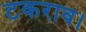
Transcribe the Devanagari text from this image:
टकराव।